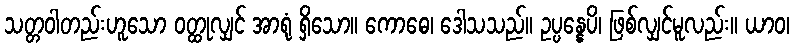
သတ္တဝါတည်းဟူသော ဝတ္ထုလျှင် အာရုံ ရှိသော။ ကောဓေ၊ ဒေါသသည်။ ဥပ္ပန္နေပိ၊ ဖြစ်လျှင်မူလည်း။ ယာဝ၊